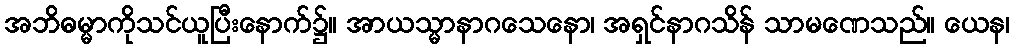
အဘိဓမ္မာကိုသင်ယူပြီးနောက်၌။ အာယသ္မာနာဂသေနော၊ အရှင်နာဂသိန် သာမဏေသည်။ ယေန၊